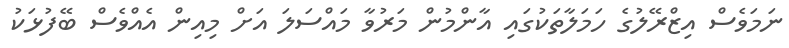
ނަމަވެސް އިޒްރޭލުގެ ހަމަލާތަކުގައި އާންމުން މަރުވާ މައްސަލަ އަށް މިއިން އެއްވެސް ބޭފުޅަކު